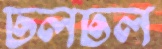
ঢলঢল